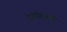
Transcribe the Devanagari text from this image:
दत्तात्रेरयांनी